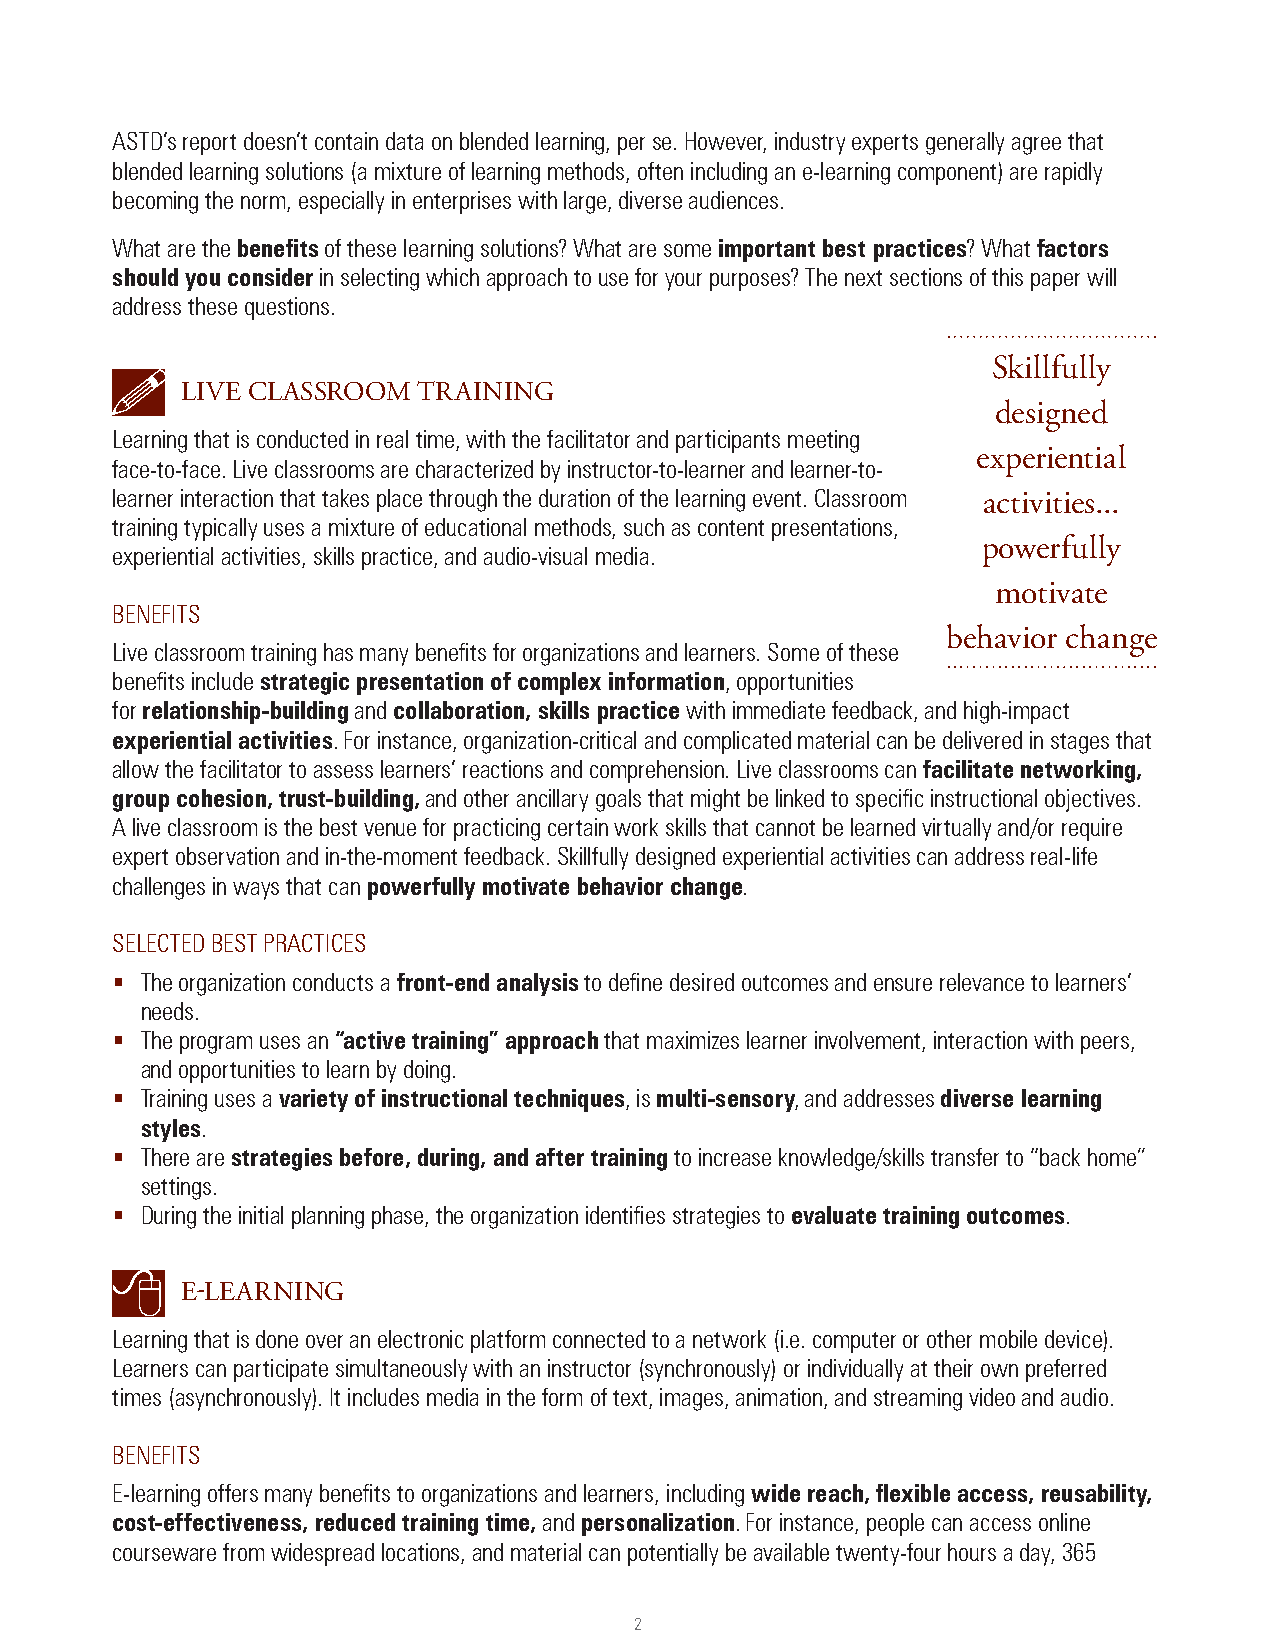
ASTD’s report doesn’t contain data on blended learning, per se. However, industry experts generally agree that
 blended learning solutions (a mixture of learning methods, often including an e-learning component) are rapidly
 becoming the norm, especially in enterprises with large, diverse audiences.
 What are the benefits of these learning solutions? What are some important best practices? What factors
 should you consider in selecting which approach to use for your purposes? The next sections of this paper will
 address these questions.
 Skillfully
 LIve cLASSrOOm  trAInIng
 designed
 Learning that is conducted in real time, with the facilitator and participants meeting
 experiential
 face-to-face. Live classrooms are characterized by instructor-to-learner and learner-to-
 learner interaction that takes place through the duration of the learning event. Classroom activities...
 training typically uses a mixture of educational methods, such as content presentations,
 powerfully
 experiential activities, skills practice, and audio-visual media.
 motivate
 BeNeFITS
 behavior change
 Live classroom training has many benefits for organizations and learners. Some of these
 benefits include strategic presentation of complex information, opportunities
 for relationship-building and collaboration, skills practice with immediate feedback, and high-impact
 experiential activities. For instance, organization-critical and complicated material can be delivered in stages that
 allow the facilitator to assess learners’ reactions and comprehension. Live classrooms can facilitate networking,
 group cohesion, trust-building, and other ancillary goals that might be linked to specific instructional objectives.
 A live classroom is the best venue for practicing certain work skills that cannot be learned virtually and/or require
 expert observation and in-the-moment feedback. Skillfully designed experiential activities can address real-life
 challenges in ways that can powerfully motivate behavior change.
 SeLeCTeD BeST PRACTICeS
  The organization conducts a front-end analysis to define desired outcomes and ensure relevance to learners’
 needs.
  The program uses an “active training” approach that maximizes learner involvement, interaction with peers,
 and opportunities to learn by doing.
  Training uses a variety of instructional techniques, is multi-sensory, and addresses diverse learning
 styles.
  There are strategies before, during, and after training to increase knowledge/skills transfer to “back home”
 settings.
  During the initial planning phase, the organization identifies strategies to evaluate training outcomes.
 e-LeArnIng
 Learning that is done over an electronic platform connected to a network (i.e. computer or other mobile device).
 Learners can participate simultaneously with an instructor (synchronously) or individually at their own preferred
 times (asynchronously). It includes media in the form of text, images, animation, and streaming video and audio.
 BeNeFITS
 E-learning offers many benefits to organizations and learners, including wide reach, flexible access, reusability,
 cost-effectiveness, reduced training time, and personalization. For instance, people can access online
 courseware from widespread locations, and material can potentially be available twenty-four hours a day, 365
 2